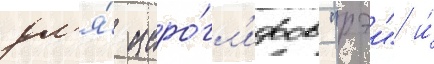
дл'я́ иеро́гл'ифов "рэи" и́